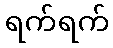
ရက်ရက်